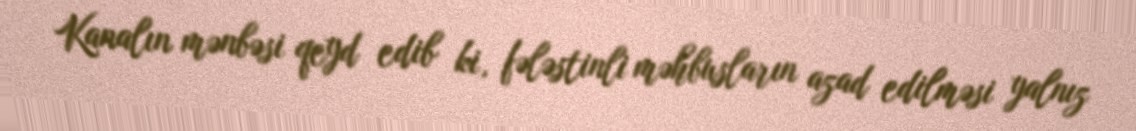
Kanalın mənbəsi qeyd edib ki, fələstinli məhbusların azad edilməsi yalnız